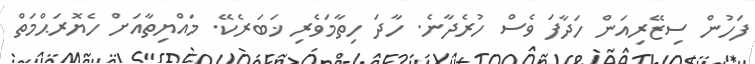
ފަހުން ސިޒޭރިއަން ހަދާފަ ވެސް ހުރެދާނެ. ހާދަ ހިތާމަވެރި ޚަބަރެކޭ. މައްޔިތާއަށް ހެޔޮރަޙްމަތް